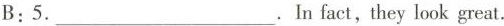
B:5.___.In fact, they look great.